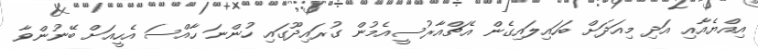
އިއްޔެއާއި އަދި މިއަދަށް ބަހައިލައިގެން އެޗްއާރުސީއެމުން ގުރައިދޫގައި ހުންނަ ހާއްސަ އެހީއަށް ބޭނުންވާ